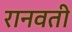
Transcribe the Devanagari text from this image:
रानवती